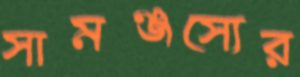
সামঞ্জস্যের